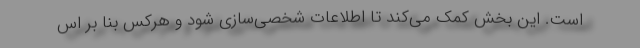
است. این بخش کمک می‌کند تا اطلاعات شخصی‌سازی شود و هرکس بنا بر اس